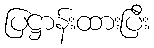
ပြဋ္ဌာန်းထားပြီး